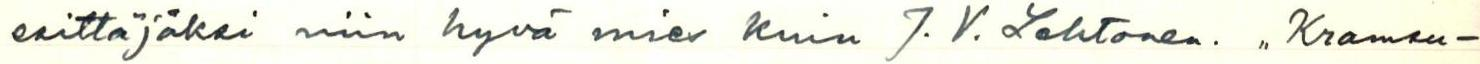
esittäjäksi niin hyvä mies kuin J.V.Lehtonen. ,,Kramsu-